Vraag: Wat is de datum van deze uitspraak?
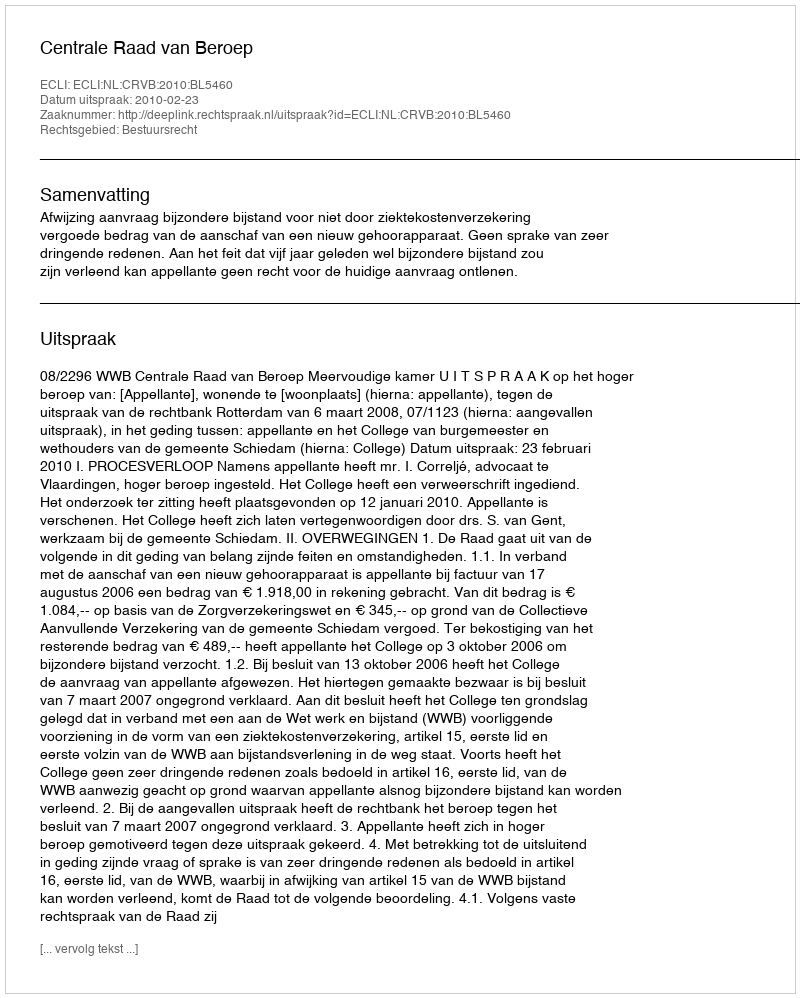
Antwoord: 2010-02-23